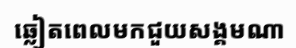
ឆ្លៀតពេលមកជួយសង្គមណា